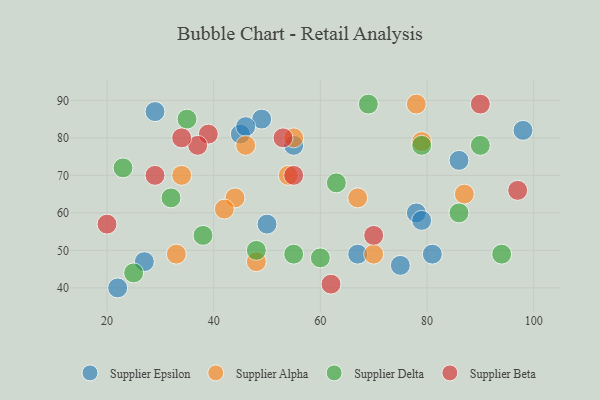
{"axis": {"x": "GDP", "y": "Life Expectancy"}, "legend": ["Supplier Alpha", "Supplier Beta", "Supplier Delta", "Supplier Epsilon"], "data": [{"x": "78", "y": 60, "type": "Supplier Epsilon"}, {"x": "86", "y": 74, "type": "Supplier Epsilon"}, {"x": "50", "y": 57, "type": "Supplier Epsilon"}, {"x": "79", "y": 58, "type": "Supplier Epsilon"}, {"x": "75", "y": 46, "type": "Supplier Epsilon"}, {"x": "45", "y": 81, "type": "Supplier Epsilon"}, {"x": "81", "y": 49, "type": "Supplier Epsilon"}, {"x": "67", "y": 49, "type": "Supplier Epsilon"}, {"x": "98", "y": 82, "type": "Supplier Epsilon"}, {"x": "22", "y": 40, "type": "Supplier Epsilon"}, {"x": "27", "y": 47, "type": "Supplier Epsilon"}, {"x": "49", "y": 85, "type": "Supplier Epsilon"}, {"x": "29", "y": 87, "type": "Supplier Epsilon"}, {"x": "55", "y": 78, "type": "Supplier Epsilon"}, {"x": "46", "y": 83, "type": "Supplier Epsilon"}, {"x": "79", "y": 79, "type": "Supplier Alpha"}, {"x": "33", "y": 49, "type": "Supplier Alpha"}, {"x": "67", "y": 64, "type": "Supplier Alpha"}, {"x": "44", "y": 64, "type": "Supplier Alpha"}, {"x": "46", "y": 78, "type": "Supplier Alpha"}, {"x": "42", "y": 61, "type": "Supplier Alpha"}, {"x": "48", "y": 47, "type": "Supplier Alpha"}, {"x": "54", "y": 70, "type": "Supplier Alpha"}, {"x": "70", "y": 49, "type": "Supplier Alpha"}, {"x": "78", "y": 89, "type": "Supplier Alpha"}, {"x": "55", "y": 80, "type": "Supplier Alpha"}, {"x": "87", "y": 65, "type": "Supplier Alpha"}, {"x": "34", "y": 70, "type": "Supplier Alpha"}, {"x": "55", "y": 49, "type": "Supplier Delta"}, {"x": "48", "y": 50, "type": "Supplier Delta"}, {"x": "35", "y": 85, "type": "Supplier Delta"}, {"x": "60", "y": 48, "type": "Supplier Delta"}, {"x": "94", "y": 49, "type": "Supplier Delta"}, {"x": "86", "y": 60, "type": "Supplier Delta"}, {"x": "90", "y": 78, "type": "Supplier Delta"}, {"x": "69", "y": 89, "type": "Supplier Delta"}, {"x": "63", "y": 68, "type": "Supplier Delta"}, {"x": "79", "y": 78, "type": "Supplier Delta"}, {"x": "25", "y": 44, "type": "Supplier Delta"}, {"x": "38", "y": 54, "type": "Supplier Delta"}, {"x": "32", "y": 64, "type": "Supplier Delta"}, {"x": "23", "y": 72, "type": "Supplier Delta"}, {"x": "62", "y": 41, "type": "Supplier Beta"}, {"x": "20", "y": 57, "type": "Supplier Beta"}, {"x": "90", "y": 89, "type": "Supplier Beta"}, {"x": "53", "y": 80, "type": "Supplier Beta"}, {"x": "39", "y": 81, "type": "Supplier Beta"}, {"x": "37", "y": 78, "type": "Supplier Beta"}, {"x": "70", "y": 54, "type": "Supplier Beta"}, {"x": "55", "y": 70, "type": "Supplier Beta"}, {"x": "29", "y": 70, "type": "Supplier Beta"}, {"x": "97", "y": 66, "type": "Supplier Beta"}, {"x": "34", "y": 80, "type": "Supplier Beta"}]}